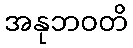
အနုဘဝတိ